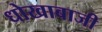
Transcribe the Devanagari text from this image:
धोखाबाजी